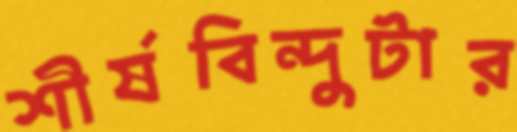
শীর্ষবিন্দুটার